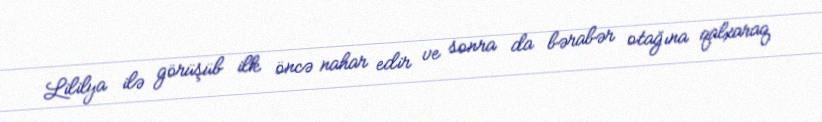
Lililya ilə görüşüb ilk öncə nahar edir ve sonra da bərabər otağına qalxaraq